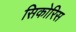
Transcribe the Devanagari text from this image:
सिकोरिस